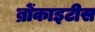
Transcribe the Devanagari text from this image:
ब्रोंकाइटीस